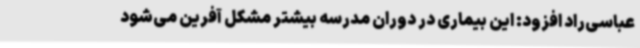
عباسی‌راد افزود: این بیماری در دوران مدرسه بیشتر مشکل آفرین می‌شود